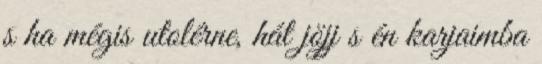
s ha mégis utolérne, hát jöjj s én karjaimba